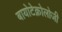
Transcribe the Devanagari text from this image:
बायोटेक्नोलोजी